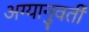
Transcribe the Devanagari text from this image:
अग्यानुवर्ती